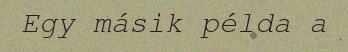
Egy másik példa a